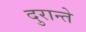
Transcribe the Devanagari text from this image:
दुरान्ते